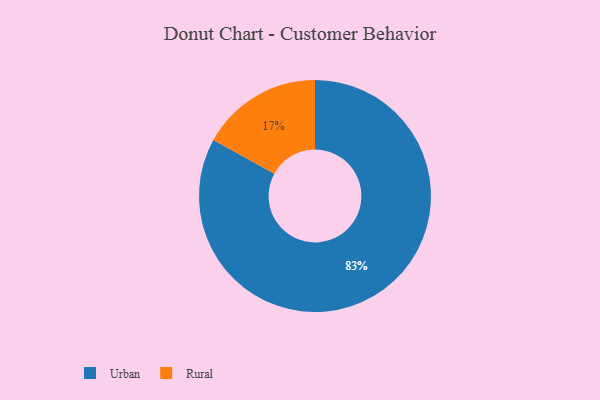
{"axis": {"x": "Category", "y": "Percentage"}, "legend": ["Rural", "Urban"], "data": [{"x": "Urban", "y": 83, "type": "Urban"}, {"x": "Rural", "y": 17, "type": "Rural"}]}